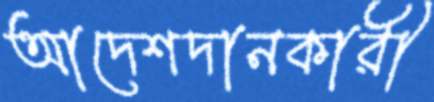
আদেশদানকারী